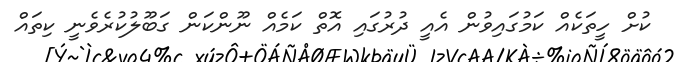
ކުށް ހީތަކެއް ކަމުގައިވުން އެއީ ދުރުގައި އޮތް ކަމެއް ނޫންކަން ގަބޫލުކުރެވެނީ ކިތައް